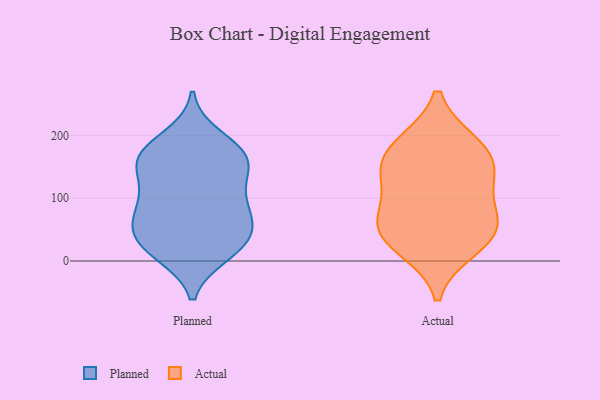
{"axis": {"x": "Energy Usage (MWh)", "y": "Value"}, "legend": ["Actual", "Planned"], "data": [{"x": "", "y": 11, "type": "Planned"}, {"x": "", "y": 197, "type": "Planned"}, {"x": "", "y": 44, "type": "Planned"}, {"x": "", "y": 22, "type": "Planned"}, {"x": "", "y": 176, "type": "Planned"}, {"x": "", "y": 32, "type": "Planned"}, {"x": "", "y": 62, "type": "Planned"}, {"x": "", "y": 159, "type": "Planned"}, {"x": "", "y": 170, "type": "Planned"}, {"x": "", "y": 157, "type": "Planned"}, {"x": "", "y": 13, "type": "Planned"}, {"x": "", "y": 104, "type": "Planned"}, {"x": "", "y": 57, "type": "Planned"}, {"x": "", "y": 118, "type": "Planned"}, {"x": "", "y": 153, "type": "Planned"}, {"x": "", "y": 58, "type": "Planned"}, {"x": "", "y": 93, "type": "Planned"}, {"x": "", "y": 163, "type": "Planned"}, {"x": "", "y": 90, "type": "Planned"}, {"x": "", "y": 20, "type": "Actual"}, {"x": "", "y": 70, "type": "Actual"}, {"x": "", "y": 70, "type": "Actual"}, {"x": "", "y": 129, "type": "Actual"}, {"x": "", "y": 142, "type": "Actual"}, {"x": "", "y": 187, "type": "Actual"}, {"x": "", "y": 51, "type": "Actual"}, {"x": "", "y": 186, "type": "Actual"}, {"x": "", "y": 36, "type": "Actual"}, {"x": "", "y": 149, "type": "Actual"}]}